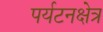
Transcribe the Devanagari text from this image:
पर्यटनक्षेत्र